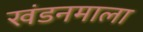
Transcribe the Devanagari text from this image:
खंडनमाला